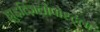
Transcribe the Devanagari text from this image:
ह्युइत्ज़िलोपोश्ट्ली